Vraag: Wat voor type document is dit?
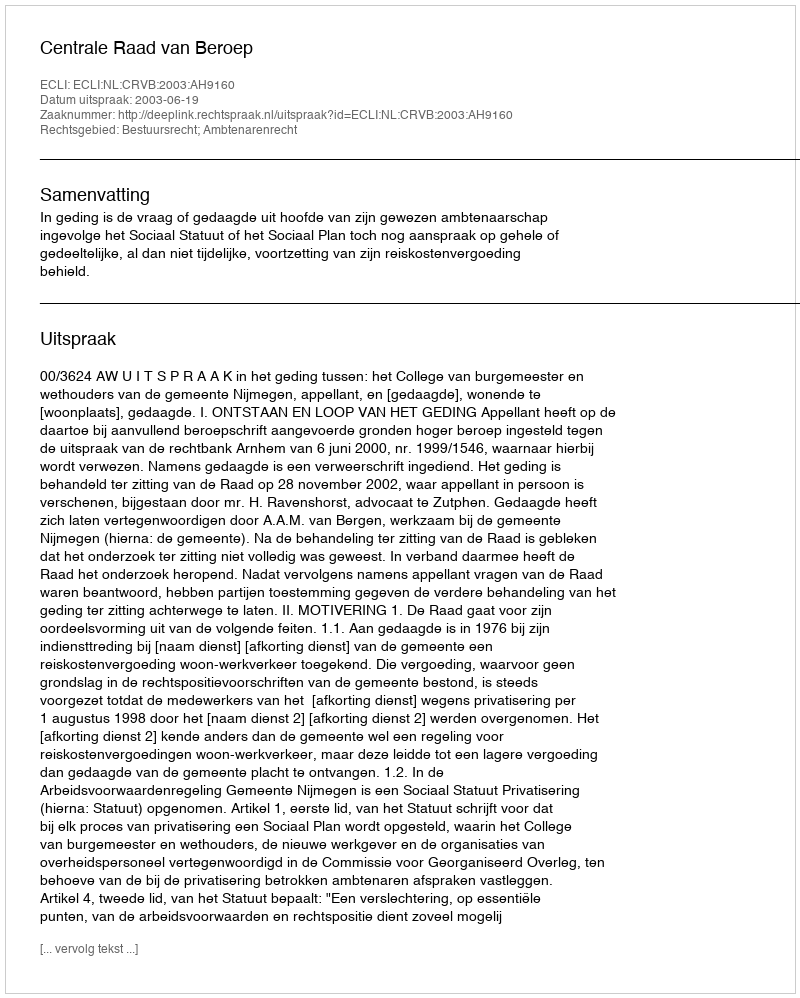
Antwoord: Uitspraak